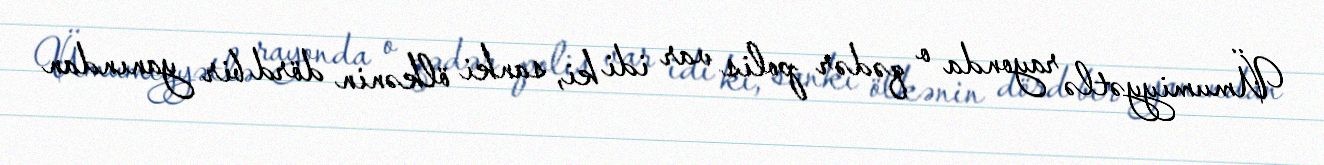
Ümumiyyətlə rayonda o qədər polis var idi ki, sanki ölkənin dörd bir yanından